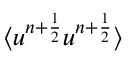
\langle u ^ { n + \frac { 1 } { 2 } } u ^ { n + \frac { 1 } { 2 } } \rangle